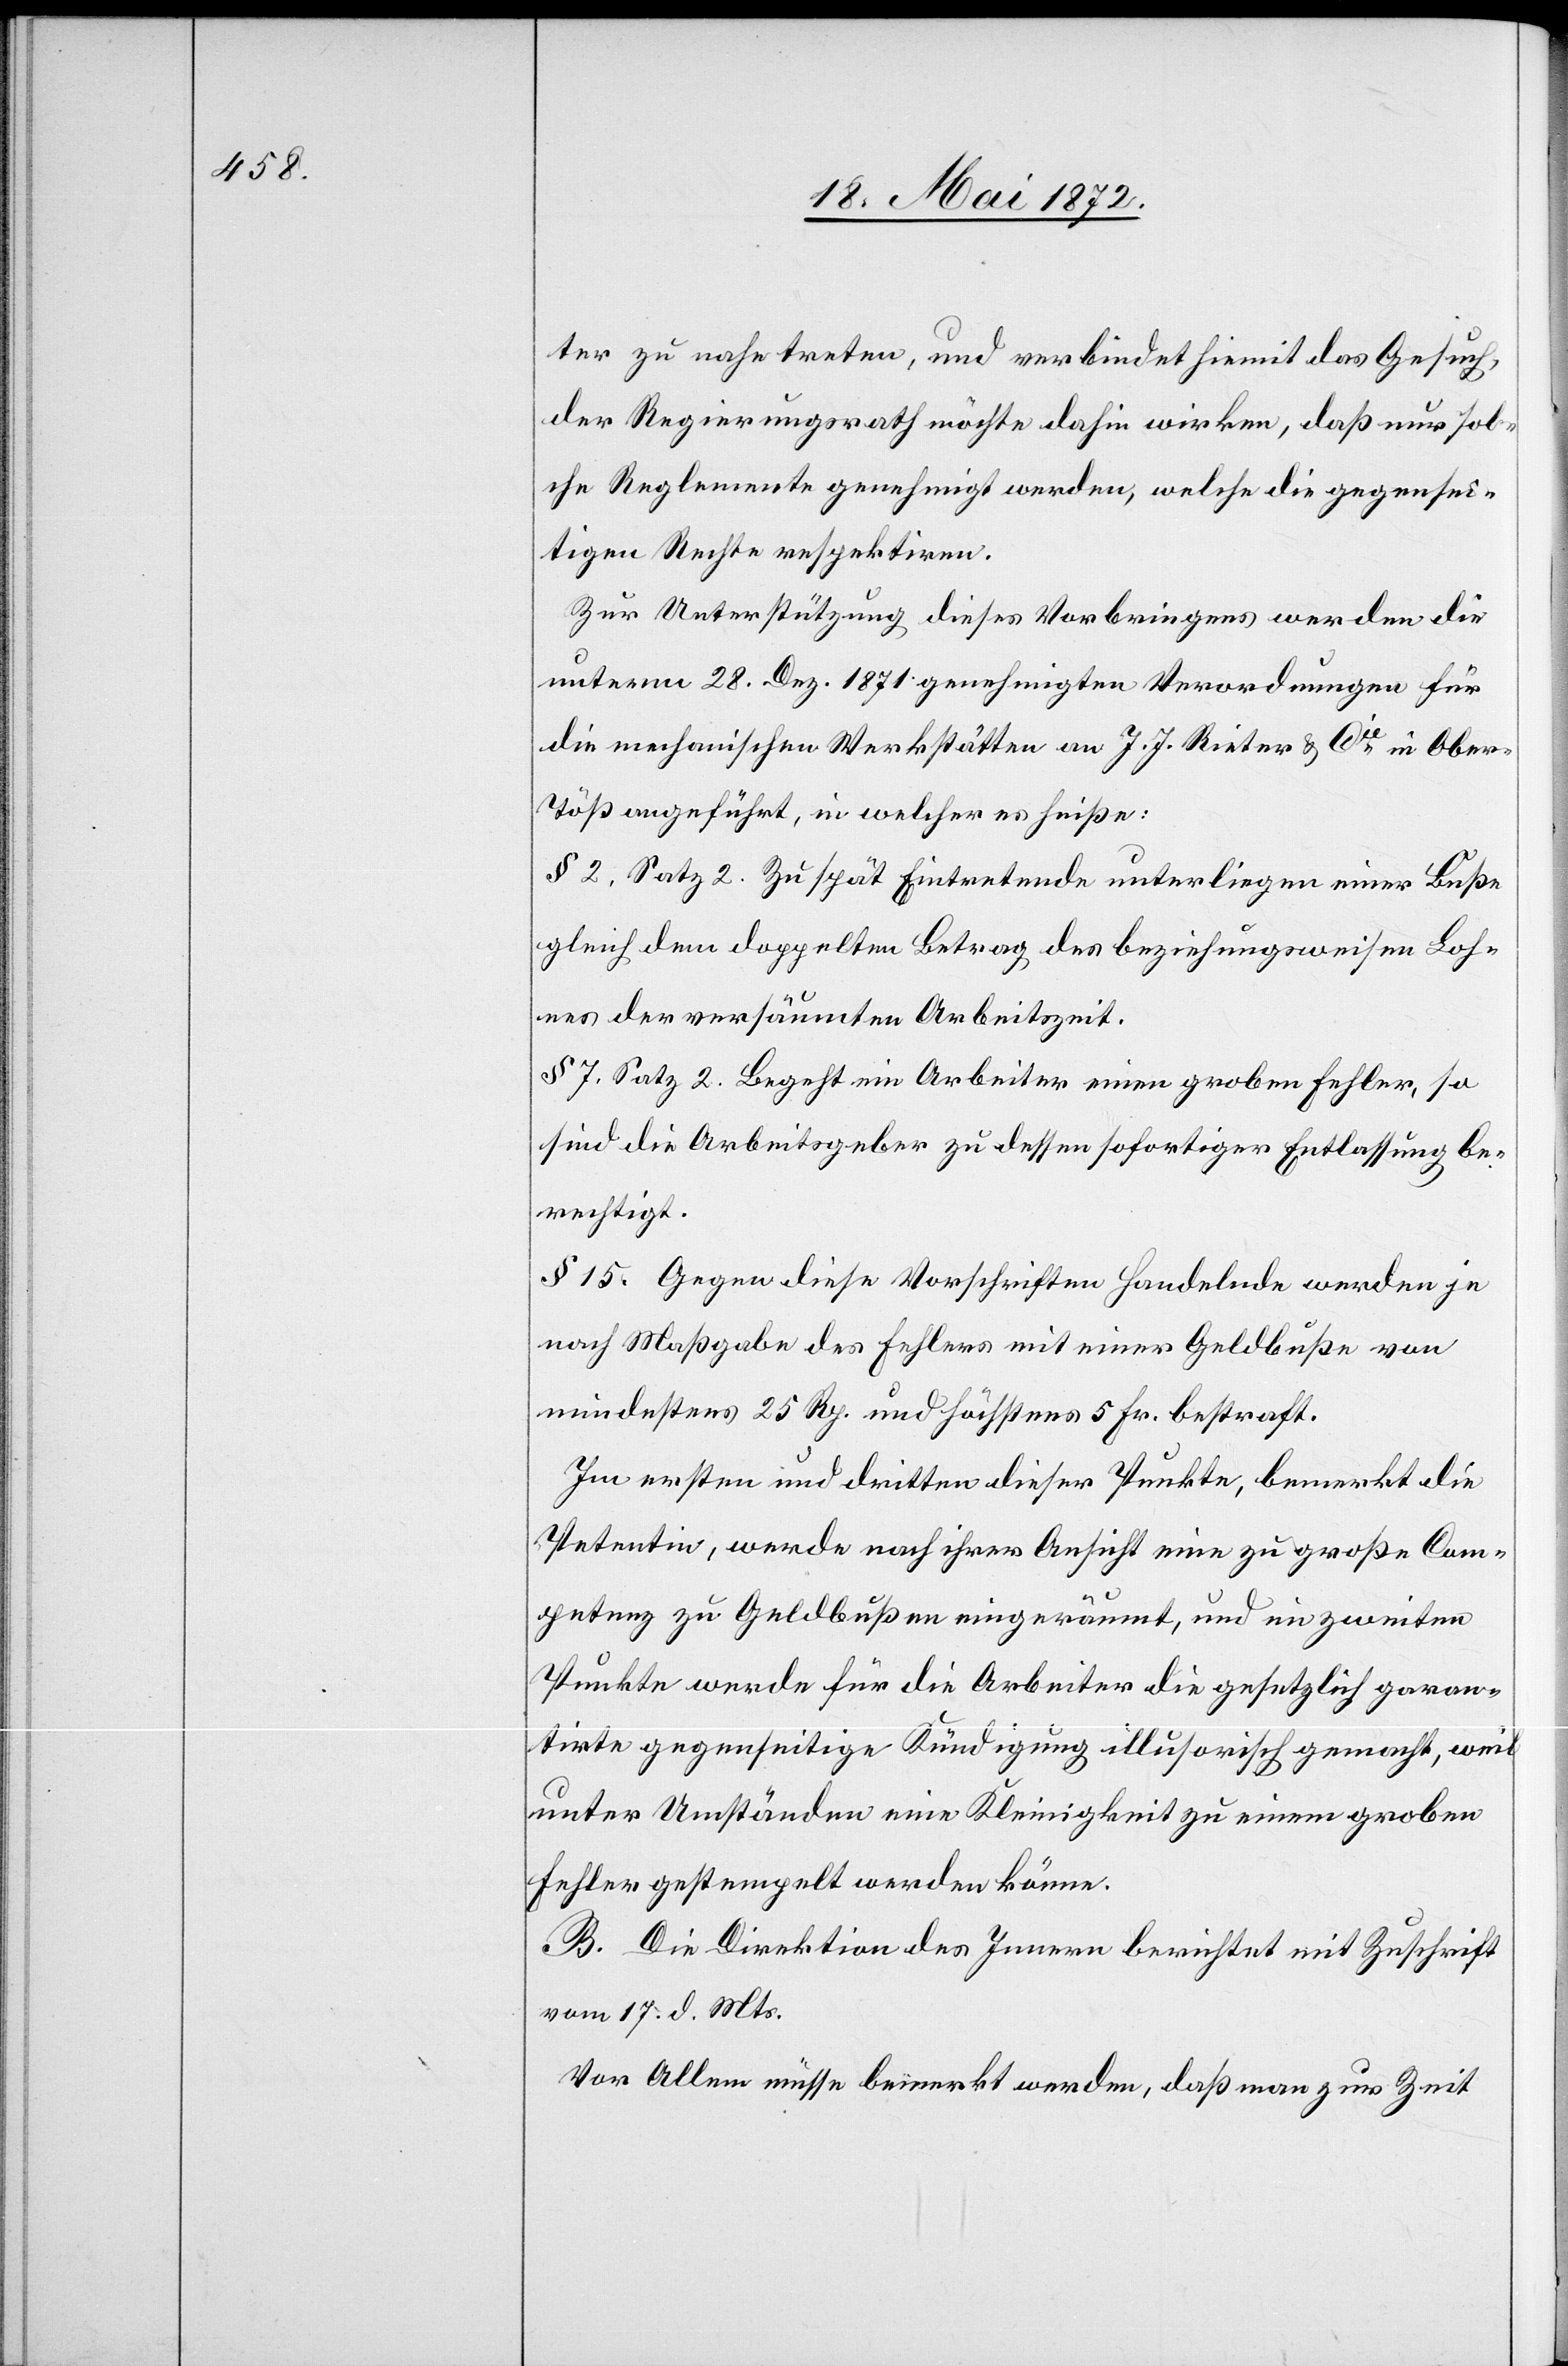
ter zu nahe treten, und verbindet hiemit das Gesuch,
der Regierungsrath möchte dahin wirken, daß nur sol¬
che Reglemente genehmigt werden, welche die gegensei¬
tigen Rechte respektiren.
Zur Unterstützung dieses Vorbringens werden die
unterm 28. Dez. 1871. genehmigten Verordnungen für
die mechanischen Werkstätte an J. J. Rieter u. Cie in Ober-T¬
öß angeführt, in welcher es heiße:
§ 2, Satz 2. Zu spät Eintretende unterliegen einer Buße
gleich dem doppelten Betrag des beziehungsweisen Loh¬
nes der versäumten Arbeitszeit.
§ 7, Satz 2. Begeht ein Arbeiter einen groben Fehler, so
sind die Arbeitsgeber zu dessen sofortiger Entlassung be¬
rechtigt.
§ 15. Gegen diese Vorschriften Handelnde werden je
nach Maßgabe des Fehlers mit einer Geldbuße von
mindestens 25 Rp. und höchstens 5 Fr. bestraft.
Im ersten und dritten dieser Punkte, bemerkt die
Petentin, werde nach ihrer Ansicht eine zu große Com¬
petenz zu Geldbußen eingeräumt, und im zweiten
Punkte werde für die Arbeiter die gesetzlich garan¬
tirte gegenseitige Kündigung illusorisch gemacht, weil
unter Umständen eine Kleinigkeit zu einem groben
Fehler gestempelt werden könne.
B. Die Direktion des Innern berichtet mit Zuschrift
vom 17. d. Mts.
Vor Allem müsse bemerkt werden, daß man zur Zeit